system: You are a helpful assistant.
user:
Analyze the provided spectrum to determine if it is a **White Dwarf (WD)**.

A White Dwarf spectrum is defined by its **extreme purity** (due to gravitational settling) and/or **extreme pressure broadening** (due to high surface gravity). You must check for one of the following mutually exclusive signatures:

- **Key Visual Indicators (Check for ONE of these types):**

    - **1. DA-Type Signature (Most Common):**
        - **(Primary Feature):** Extreme pressure broadening (Stark broadening) of the **Hydrogen (H) Balmer lines**.
        - **(Key Lines):** $H\beta$ (approx. $4861$ Å) and $H\gamma$ (approx. $4340$ Å). $H\alpha$ (approx. $6563$ Å) will also be present if the wavelength range covers it.
        - **(Line Profile):** This is the **defining feature**. The lines are **NOT** sharp. They appear as massive, **extremely broad and deep "troughs" or "dips"** in the spectrum, often hundreds of Ångströms wide. The continuum will appear to "scoop" down at these wavelengths.
        - **(Distinction):** Normal A-type or B-type stars have *narrow* and *sharp* Hydrogen lines. A DA White Dwarf's lines are unmistakably "smeared" or "blurry" from pressure.

    - **2. DB-Type Signature:**
        - **(Primary Feature):** Broad absorption lines from **Neutral Helium (He I)**. The spectrum must lack any visible Hydrogen lines.
        - **(Key Lines):** Look for broad absorption near $4471$ Å, $4921$ Å, and $5876$ Å.
        - **(Line Profile):** These lines are also significantly pressure-broadened, appearing much wider than they would in a normal B-type main-sequence star.

    - **3. DC-Type Signature:**
        - **(Primary Feature):** A **featureless continuous spectrum**.
        - **(Line Profile):** The spectrum is a smooth curve with **no significant absorption or emission lines**.
        - **(Key Confirmation):** The continuum is almost always **blue or white**, indicating a hot object. This signature implies the atmosphere is so pure (or so cool) that no spectral lines are visible in the optical range. Its WD identity is confirmed by its extremely low intrinsic brightness (high absolute magnitude).

    - **4. DZ-Type Signature (Metal-Polluted):**
        - **(Primary Feature):** **Isolated, narrow metal absorption lines** on an otherwise featureless (DC-like) continuum.
        - **(Key Lines):** The **Calcium (Ca II) H & K doublet** (approx. **$3934$ Å** and **$3968$ Å**) is the most common and defining feature.
        - **(Line Profile):** These lines are "out of place." They are *not* part of a "forest" of thousands of lines. This signature is evidence of recent *accretion* (pollution) from rocky debris.
        - **(Distinction):** Normal G/K/M stars have a *dense forest* of thousands of metal lines. A DZ has a *clean* continuum with *only a few* strong metal lines.

    - **5. DQ-Type Signature (Carbon-Polluted):**
        - **(Primary Feature):** Absorption bands from **Carbon (C₂ "Swan Bands" or atomic C I)**.
        - **(Key Lines - C₂):** Look for bandheads with a "saw-tooth" shape near $5635$ Å, **$5165$ Å** (strongest), and $4737$ Å.
        - **(Key Confirmation):** The underlying **continuum must be blue or white** (hot).
        - **(Distinction):** This is the critical difference from a **Carbon Star**, which has the *exact same* C₂ bands but on an extremely **red, cool** continuum.

- **(Overall Spectrum):**
    - The continuum (overall shape) is typically **blue-sloping** (brighter in the blue than the red), as most white dwarfs are very hot.
    - The spectrum will look "pure" or "simple," dominated by only *one* of the five signatures listed above.

Think first, call **spectral_visualization_tool** if needed to examine features in detail, then provide your final answer. Your response must adhere to the following strict rules:
1.  **Overall Structure:** Your response must follow the format `<think>...</think> <tool_call>...</tool_call> (if a tool is used) <answer>...</answer>`.
2.  **Tool Usage Constraint:** You may only make **one** tool call per turn.
3.  **Final Answer Format:** In the `<answer>` tag, your conclusion must be inside a `\boxed{}` command (e.g., `\boxed{YES}` or `\boxed{NO}`), followed by your justification.

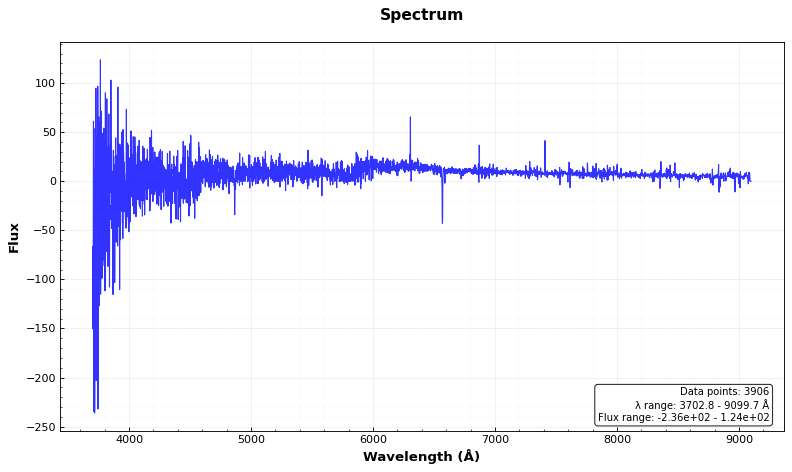
Answer: NO